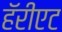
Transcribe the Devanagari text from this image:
हॅरीएट